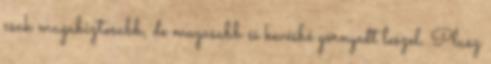
csak magabiztosabb, de magasabb és kevésbé görnyedt leszel. Plusz